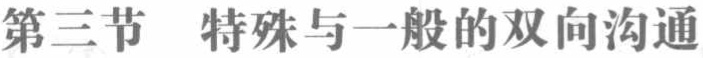
第三节 特殊与一般的双向沟通